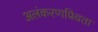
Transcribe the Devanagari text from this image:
अलंकरणप्रियता